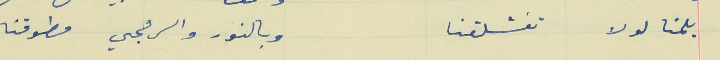
يلمنا لولا تفشلقنا                                                      وبالنور والرهجي مطوقنا